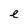
Character: e